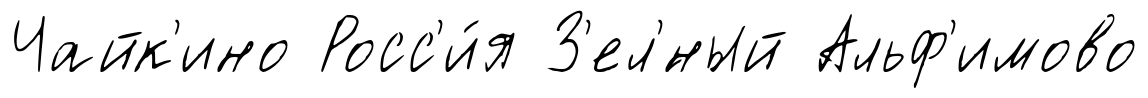
Чайк'ино Росс'и́я З'ел'́ный Альф'имово